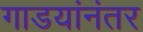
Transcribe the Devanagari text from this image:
गाडयांनंतर